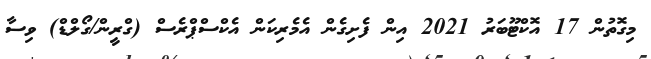
މިގޮތުން 17 އޮކްޓޫބަރު 2021 އިން ފެށިގެން އެމެރިކަން އެކްސްޕްރެސް (ގްރީން/ގޯލްޑް) ވިސާ